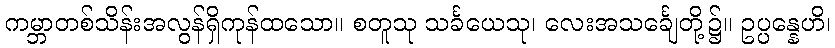
ကမ္ဘာတစ်သိန်းအလွန်ရှိကုန်ထသော။ စတူသု သင်္ခယေသု၊ လေးအသင်္ချေတို့၌။ ဥပ္ပန္နေဟိ၊